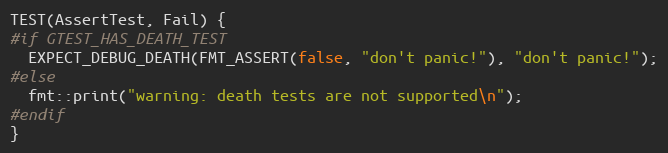
Language: C++
TEST(AssertTest, Fail) {
#if GTEST_HAS_DEATH_TEST
  EXPECT_DEBUG_DEATH(FMT_ASSERT(false, "don't panic!"), "don't panic!");
#else
  fmt::print("warning: death tests are not supported\n");
#endif
}